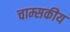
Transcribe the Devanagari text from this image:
चाम्सकीय